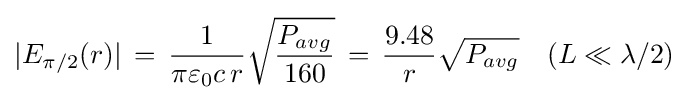
\vert E_{\pi /2}(r)\vert \,=\,{1 \over \pi \varepsilon _{0}c\,r}{\sqrt {P_{avg} \over 160}}\,=\,{9.48 \over r}{\sqrt {P_{avg}}}\quad (L\ll \lambda /2)